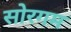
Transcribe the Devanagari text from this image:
सोरगम